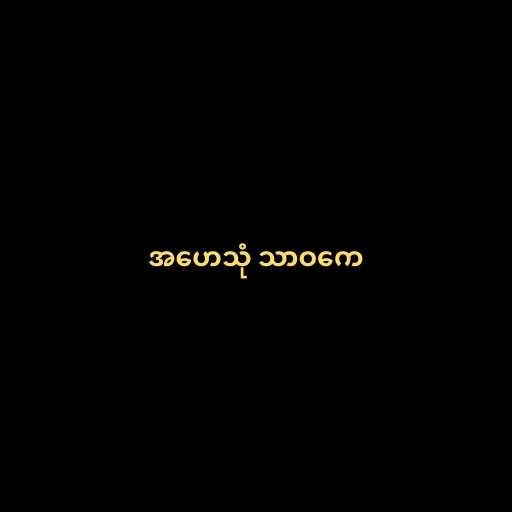
အဟေသုံ သာဝကေ